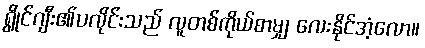
ရွိုင်ဂျီး၏ပလိုင်းသည် လူတစ်ကိုယ်စာမျှ လေးနိုင်အံ့လော။